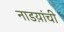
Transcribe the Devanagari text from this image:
नाडय़ांची